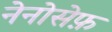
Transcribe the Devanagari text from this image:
नेनोसेफ़